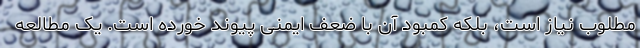
مطلوب نیاز است، بلکه کمبود آن با ضعف ایمنی پیوند خورده است. یک مطالعه